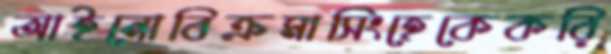
আইনোবিক্রমাসিংহেকেকরি